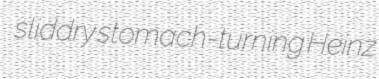
sliddry stomach-turning Heinz